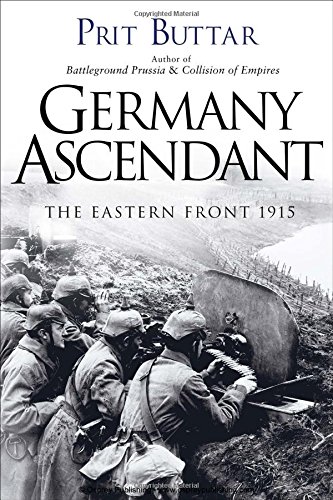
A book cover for Germany Ascendant: The Eastern Front 1915 (General Military); Prit Buttar; History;